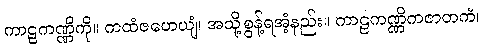
ကာဠကဏ္ဏိကို။ ကထံဇဟေယျံ၊ အသို့စွန့်ရအံ့နည်း။ ကာဠကဏ္ဏိကဇာတကံ၊